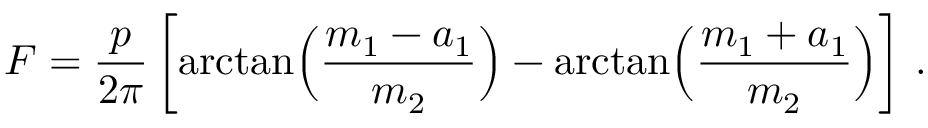
F = { \frac { p } { 2 \pi } } \left[ \arctan \Bigl ( { \frac { m _ { 1 } - a _ { 1 } } { m _ { 2 } } } \Bigr ) - \arctan \Bigl ( { \frac { m _ { 1 } + a _ { 1 } } { m _ { 2 } } } \Bigr ) \right] \, .